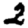
Digit: 2